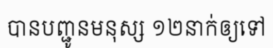
បានបញ្ជូនមនុស្ស ១២នាក់ឲ្យទៅ